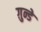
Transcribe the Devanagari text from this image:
ग़ुन्डे